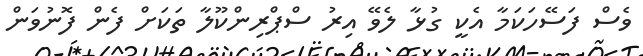
ވެސް ފަސޭހަކަމާ އެކީ ގުޅާ ލެވޭ އިރު ސްޕްރިންކޫލާ ތަކަށް ފެން ފޮނުވަން